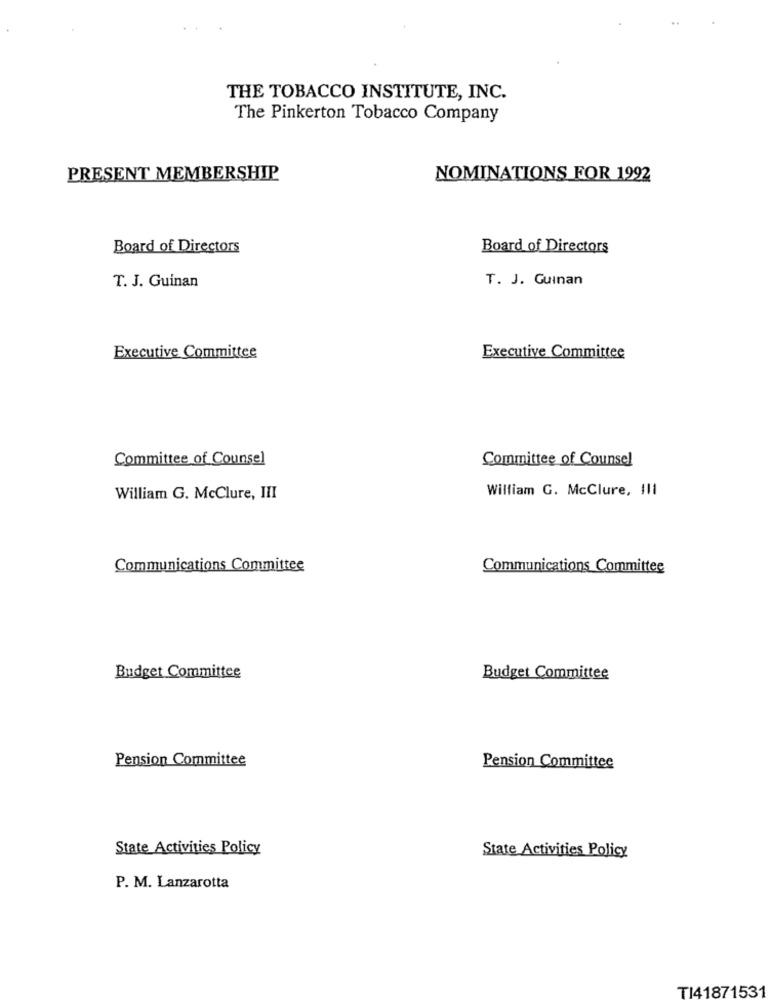
THE TOBACCO INSTITUTE, INC.
The Pinkerton Tobacco Company
PRESENT MEMBERSHIP
NOMINATIONS FOR 1992
Board of Directors
Board of Directors
T. J. Guinan
T. J. Guinan
Executive Committee
Executive Committee
Committee of Counsel
Committee of Counsel
William G. McClure, Il1
William G. McClure, III
Communications Committee
Communications Committee
Budget Committee
Budget Committee
Pension Committee
Pension Committee
State Activities Policy
State Activities Policy
P. M. Lanzarotta
TI41871531